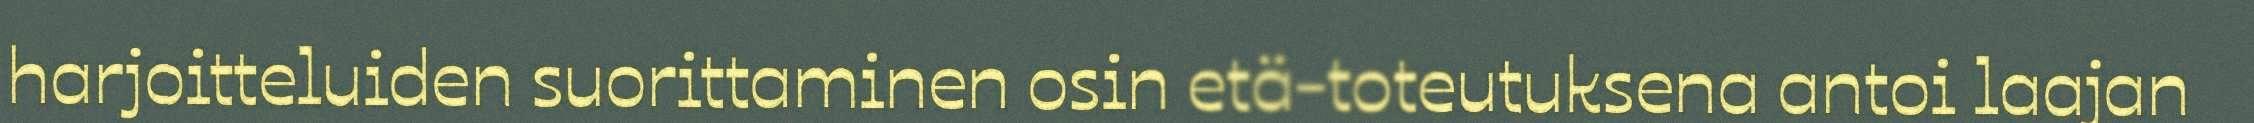
harjoitteluiden suorittaminen osin etä-toteutuksena antoi laajan